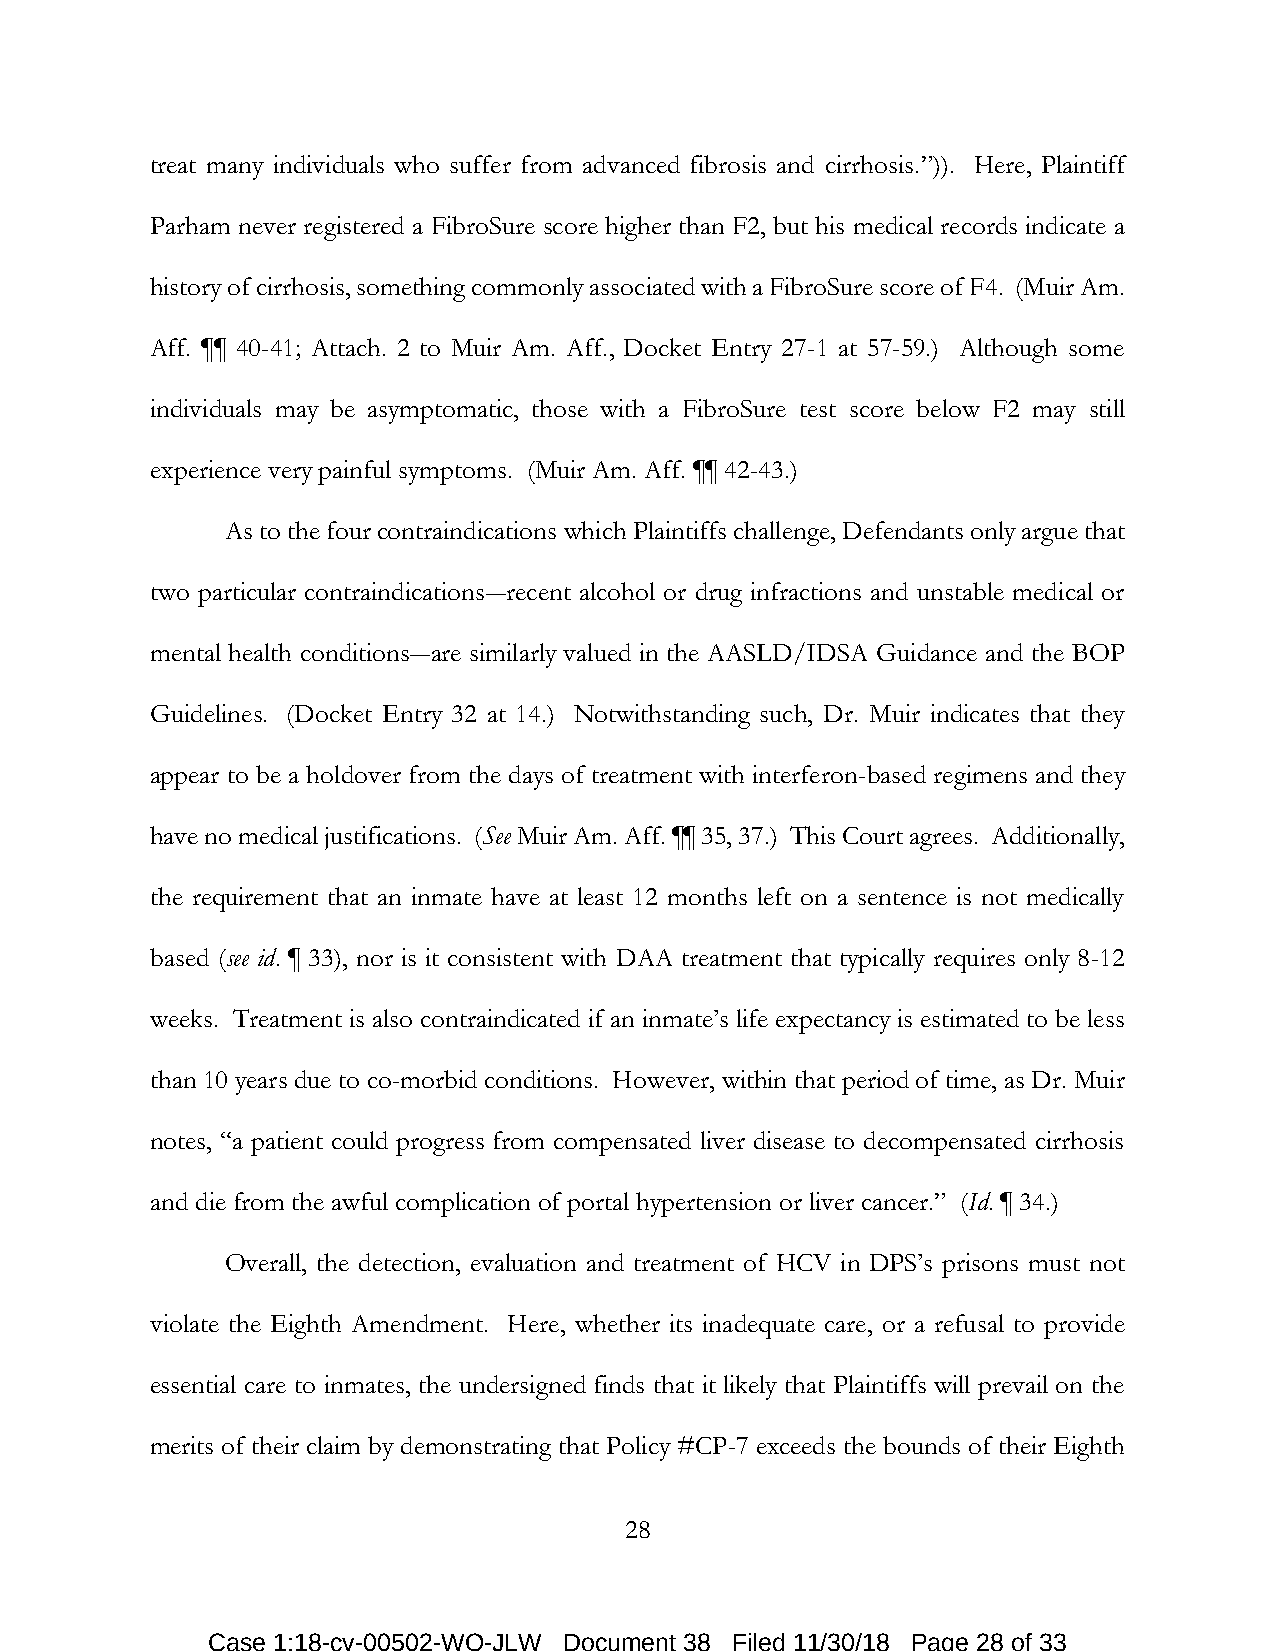
treat many individuals who suffer from advanced fibrosis and cirrhosis.”)). Here, Plaintiff
 Parham never registered a FibroSure score higher than F2, but his medical records indicate a
 history of cirrhosis, something commonly associated with a FibroSure score of F4. (Muir Am.
 Aff. ¶¶ 40-41; Attach. 2 to Muir Am. Aff., Docket Entry 27-1 at 57-59.) Although some
 individuals may be asymptomatic, those with a FibroSure test score below F2 may still
 experience very painful symptoms. (Muir Am. Aff. ¶¶ 42-43.)
 As to the four contraindications which Plaintiffs challenge, Defendants only argue that
 two particular contraindications―recent alcohol or drug infractions and unstable medical or
 mental health conditions―are similarly valued in the AASLD/IDSA Guidance and the BOP
 Guidelines. (Docket Entry 32 at 14.) Notwithstanding such, Dr. Muir indicates that they
 appear to be a holdover from the days of treatment with interferon-based regimens and they
 have no medical justifications. (See Muir Am. Aff. ¶¶ 35, 37.) This Court agrees. Additionally,
 the requirement that an inmate have at least 12 months left on a sentence is not medically
 based (see id. ¶ 33), nor is it consistent with DAA treatment that typically requires only 8-12
 weeks. Treatment is also contraindicated if an inmate’s life expectancy is estimated to be less
 than 10 years due to co-morbid conditions. However, within that period of time, as Dr. Muir
 notes, “a patient could progress from compensated liver disease to decompensated cirrhosis
 and die from the awful complication of portal hypertension or liver cancer.” (Id. ¶ 34.)
 Overall, the detection, evaluation and treatment of HCV in DPS’s prisons must not
 violate the Eighth Amendment. Here, whether its inadequate care, or a refusal to provide
 essential care to inmates, the undersigned finds that it likely that Plaintiffs will prevail on the
 merits of their claim by demonstrating that Policy #CP-7 exceeds the bounds of their Eighth
 28
 Case 1:18-cv-00502-WO-JLW Document 38 Filed 11/30/18 Page 28 of 33